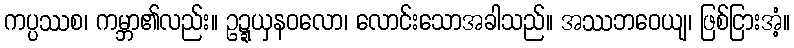
ကပ္ပဿစ၊ ကမ္ဘာ၏လည်း။ ဥဍ္ဍယှနဝလော၊ လောင်းသောအခါသည်။ အဿဘဝေယျ၊ ဖြစ်ငြားအံ့။